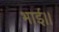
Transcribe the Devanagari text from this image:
भाई।।